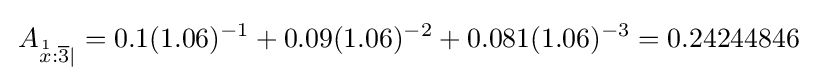
\,A_{{\stackrel {1}{x}}:{{\overline {3}}|}}=0.1(1.06)^{-1}+0.09(1.06)^{-2}+0.081(1.06)^{-3}=0.24244846